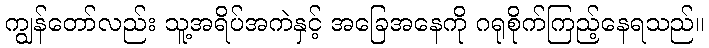
ကျွန်တော်လည်း သူ့အရိပ်အကဲနှင့် အခြေအနေကို ဂရုစိုက်ကြည့်နေရသည်။